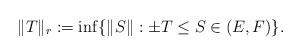
LaTeX: \begin{align*} \|T\|_r:=\inf\{\|S\|:\pm T\le S\in(E,F)\}.\end{align*}